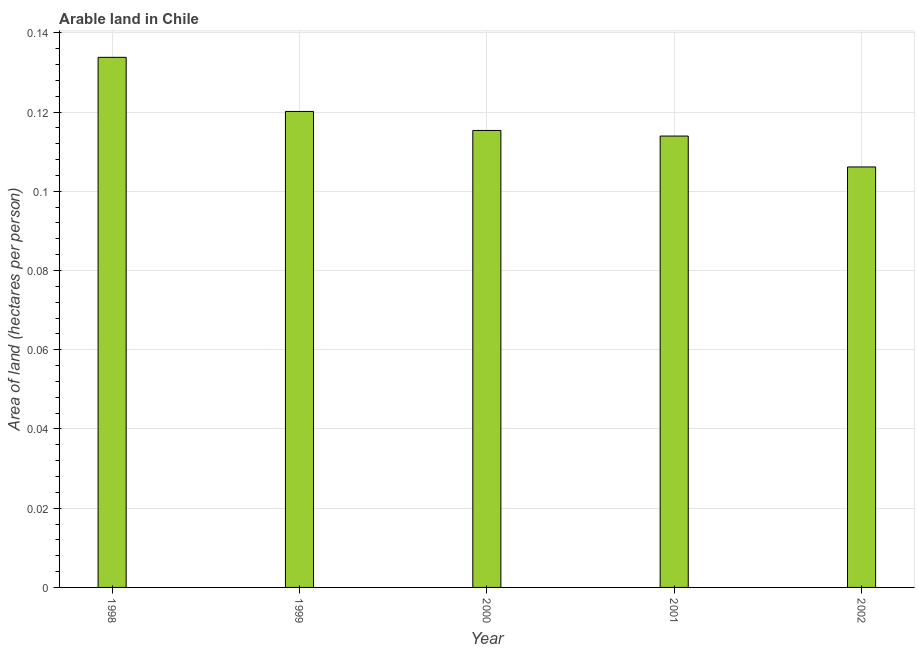
| Year | Arable land |
 | --- | --- |
 | 1998 | 0.134 |
 | 1999 | 0.12 |
 | 2000 | 0.115 |
 | 2001 | 0.114 |
 | 2002 | 0.106 |